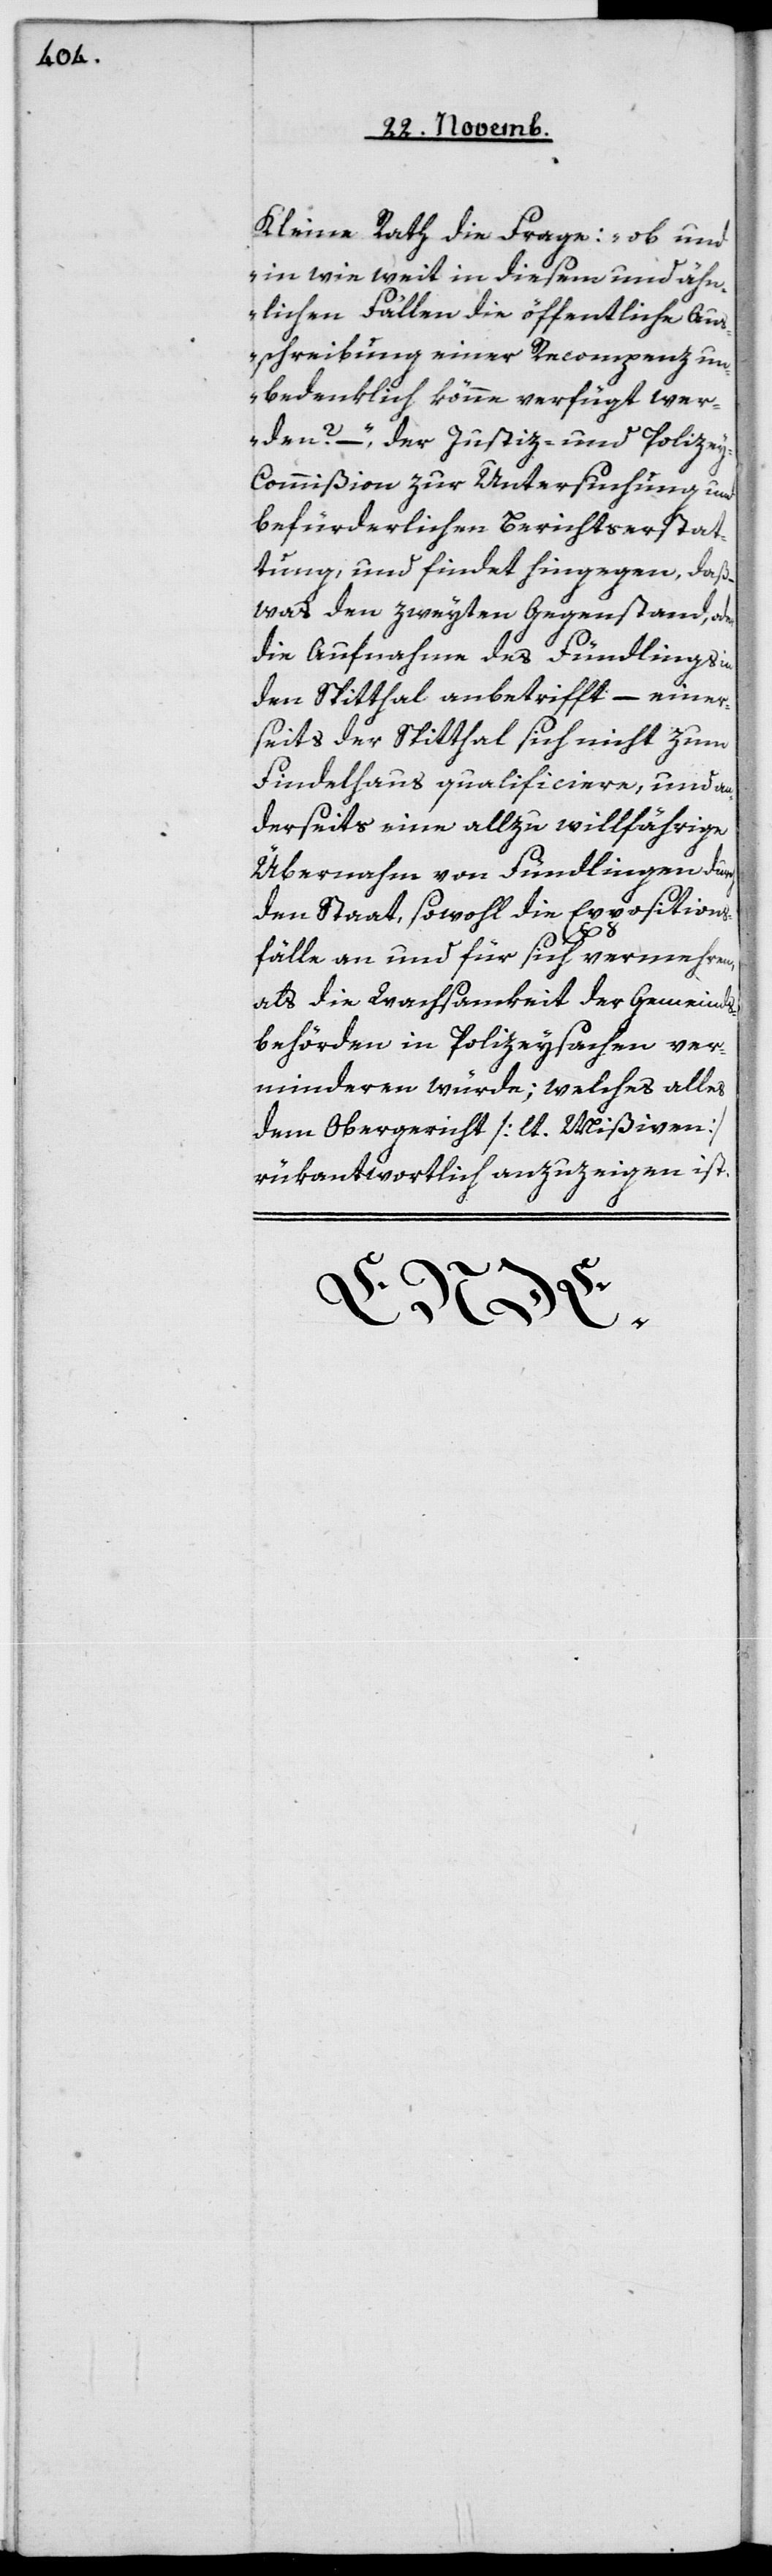
Kleine Rath die Frage: „ob und
in wie weit in diesem und ähn¬
lichen Fällen die öffentliche Aus¬
schreibung einer Recompenz un¬
bedenklich könne verfügt wer¬
den?“ – der Justiz- und Polize¬
y-Commißion zur Untersuchung und
befürderlichen Berichtserstat¬
tung, und findet hingegen, daß
was den zweiten Gegenstand, oder
die Aufnahme des Fündlings
den Spitthal anbetrifft, – einer¬
seits der Spitthal sich nicht zum
Findelhaus qualificiere, und an¬
derseits eine allzu willfährige
Übernahme von Fündlingen durch
den Staat, sowohl die Expositions¬
fälle an und für sich vermehren,
als die Wachsamkeit der Gemeinds¬
behörden in Polizeysachen ver¬
minderen würde; welches alles
dem Obergericht [lt. Mißiven]
rükantwortlich anzuzeigen ist.